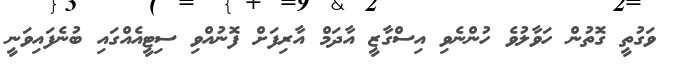
ވަގުތީ ގޮތުން ހަވާލުވެ ހުންނެވި އިސްގާޒީ އާދަމް އާރިފަށް ފޮނުއްވި ސިޓީއެއްގައި ބުނެފައިވަނީ